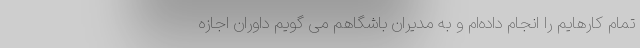
تمام کارهایم را انجام داده‌ام و به مدیران باشگاهم می گویم داوران اجازه